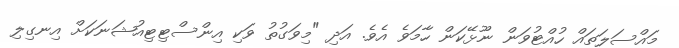
މައްސަލަތައް ހުއްޓުވަން ނޫޅޭކަން ހާމަވެ އެވެ. އަދި "މިވަގުތު ވަކި އިންސްޓިޓިއުޝަނަކަށް އިނގިލި